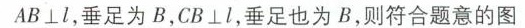
AB\bot l，垂足为B，CB\bot l，垂足也为B，则符合题意的图